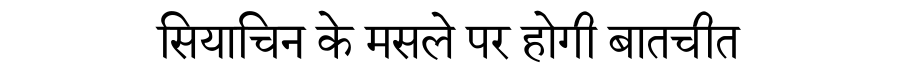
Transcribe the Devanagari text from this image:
सियाचिन के मसले पर होगी बातचीत